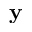
\mathbf y